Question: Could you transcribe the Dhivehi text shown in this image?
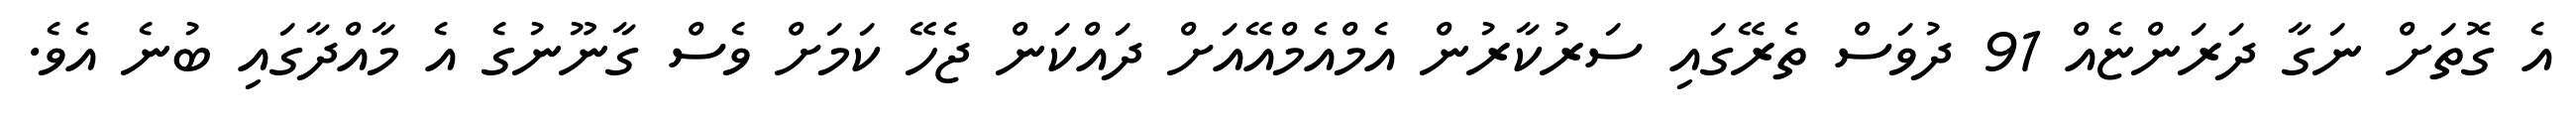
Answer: އެ ގޮތަށް ނަގާ ދަރަންޏެއް 91 ދުވަސް ތެރޭގައި ސަރުކާރުން އެމްއެމްއޭއަށް ދައްކަން ޖެހޭ ކަމަށް ވެސް ގާނޫނުގެ އެ މާއްދާގައި ބުނެ އެވެ.